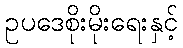
ဥပဒေစိုးမိုးရေးနှင့်